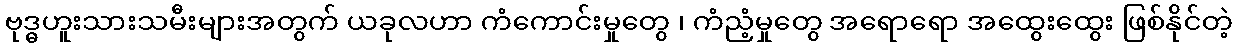
ဗုဒ္ဓဟူးသားသမီးများအတွက် ယခုလဟာ ကံကောင်းမှုတွေ ၊ ကံညံ့မှုတွေ အရောရော အထွေးထွေး ဖြစ်နိုင်တဲ့